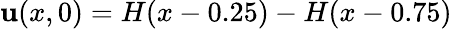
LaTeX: \mathbf{u}(x,0)=H(x-0.25)-H(x-0.75)